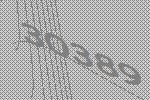
30389